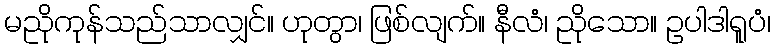
မညိုကုန်သည်သာလျှင်။ ဟုတွာ၊ ဖြစ်လျက်။ နီလံ၊ ညိုသော။ ဥပါဒါရူပံ၊